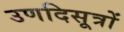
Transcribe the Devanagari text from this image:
उणदिसूत्रों